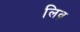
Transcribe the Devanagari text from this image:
लिव्र